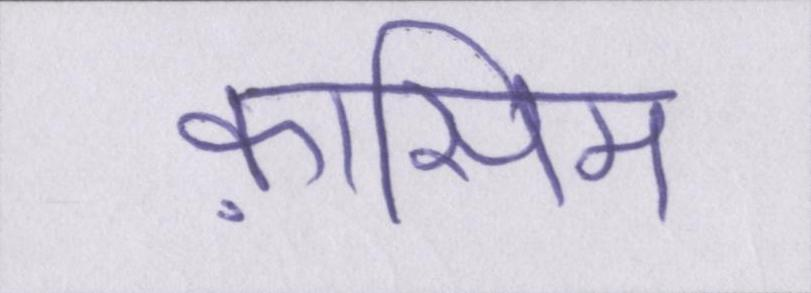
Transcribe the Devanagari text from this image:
क़ासिम